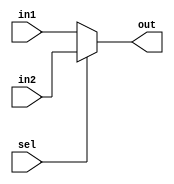
// 2 to 1 Multiplexer Module

module mux_2_1(out, in1, in2, sel);
	parameter size = 2; 
    output [size-1:0] out;
    input  [size-1:0] in1;
    input  [size-1:0] in2;
    input sel;
    assign out = sel ? in2 : in1; // if true then in2 
endmodule